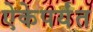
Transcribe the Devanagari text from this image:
ऐकेपर्यंत